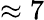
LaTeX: \approx 7